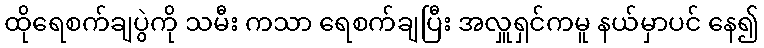
ထိုရေစက်ချပွဲကို သမီး ကသာ ရေစက်ချပြီး အလှူရှင်ကမူ နယ်မှာပင် နေ၍